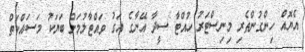
އެޔޮއް ހިންގުންތެރި މިނިސްޓަރު ހުއްޓާ ސީދާ އޭނާގެ އަގު ވައްޓާލުމަށް ބަޔަކު މަސައްކަތް